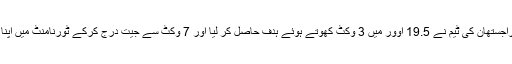
جواب میں اتری راجستھان کی ٹیم نے 19.5 اوور میں 3 وکٹ کھوتے ہوئے ہدف حاصل کر لیا اور 7 وکٹ سے جیت درج کرکے ٹورنامنٹ میں اپنا اکاؤنٹ کھول دیا۔